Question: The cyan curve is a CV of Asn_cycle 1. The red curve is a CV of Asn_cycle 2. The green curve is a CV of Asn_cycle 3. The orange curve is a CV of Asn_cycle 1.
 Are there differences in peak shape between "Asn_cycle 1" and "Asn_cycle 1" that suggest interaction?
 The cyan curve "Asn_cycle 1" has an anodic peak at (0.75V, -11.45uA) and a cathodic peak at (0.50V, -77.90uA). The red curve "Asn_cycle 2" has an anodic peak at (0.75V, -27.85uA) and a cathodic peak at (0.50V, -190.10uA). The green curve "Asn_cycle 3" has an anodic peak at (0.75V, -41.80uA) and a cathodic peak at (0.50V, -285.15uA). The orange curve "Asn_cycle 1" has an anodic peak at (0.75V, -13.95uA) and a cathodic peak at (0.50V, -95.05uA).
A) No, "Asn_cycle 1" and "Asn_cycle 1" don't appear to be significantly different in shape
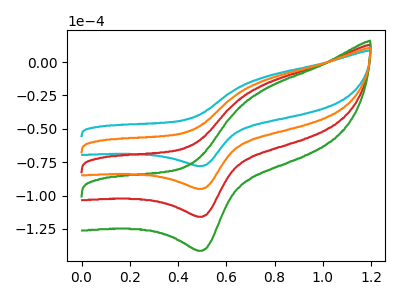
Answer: <think>All the peaks in "Asn_cycle 1" have a peak in "Asn_cycle 1" at the same potential.
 </think>
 <answer>A) No, "Asn_cycle 1" and "Asn_cycle 1" don't appear to be significantly different in shape</answer>
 <eval>A</eval>